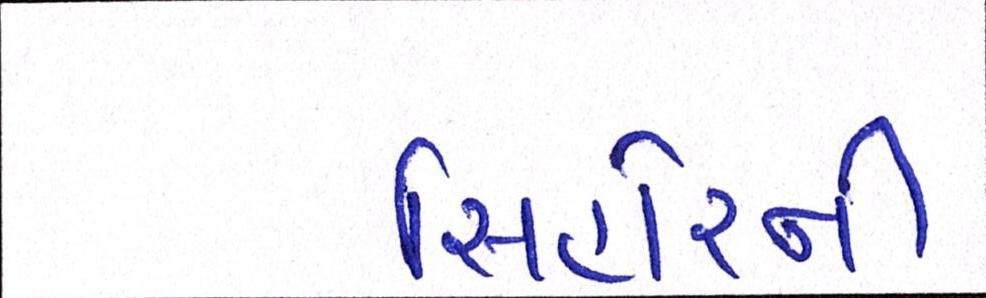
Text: સિહોરની